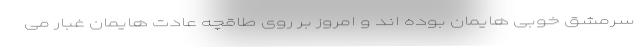
سرمشق خوبى هایمان بوده اند و امروز بر روى طاقچه عادت هایمان غبار مى